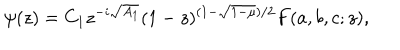
\psi ( z ) = C _ { 1 } z ^ { - i \sqrt { A _ { 1 } } } ( 1 - z ) ^ { ( 1 - \sqrt { 1 - \mu } ) / 2 } F ( a , b , c ; z ) ,